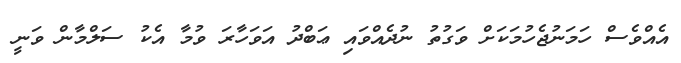
އެއްވެސް ހަމަނުޖެހުމަކަށް ވަގުތު ނުދެއްވައި ޢަބްދު އަވަހާރަ ވުމާ އެކު ސަލްމާން ވަނީ